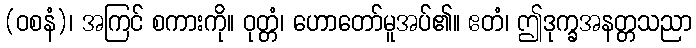
(ဝစနံ)၊ အကြင် စကားကို။ ဝုတ္တံ၊ ဟောတော်မူအပ်၏။ ဧတံ၊ ဤဒုက္ခအနတ္တသညာ